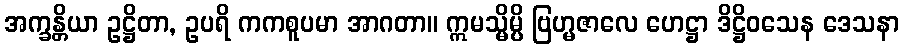
အက္ခန္တိယာ ဥဋ္ဌိတာ, ဥပရိ ကကစူပမာ အာဂတာ။ ဣမသ္မိမ္ပိ ဗြဟ္မဇာလေ ဟေဋ္ဌာ ဒိဋ္ဌိဝသေန ဒေသနာ